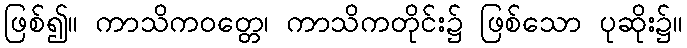
ဖြစ်၍။ ကာသိကဝတ္တေ၊ ကာသိကတိုင်း၌ ဖြစ်သော ပုဆိုး၌။